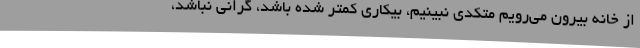
از خانه بیرون می‌رویم متکدی نبینیم، بیکاری کمتر شده باشد، گرانی نباشد،